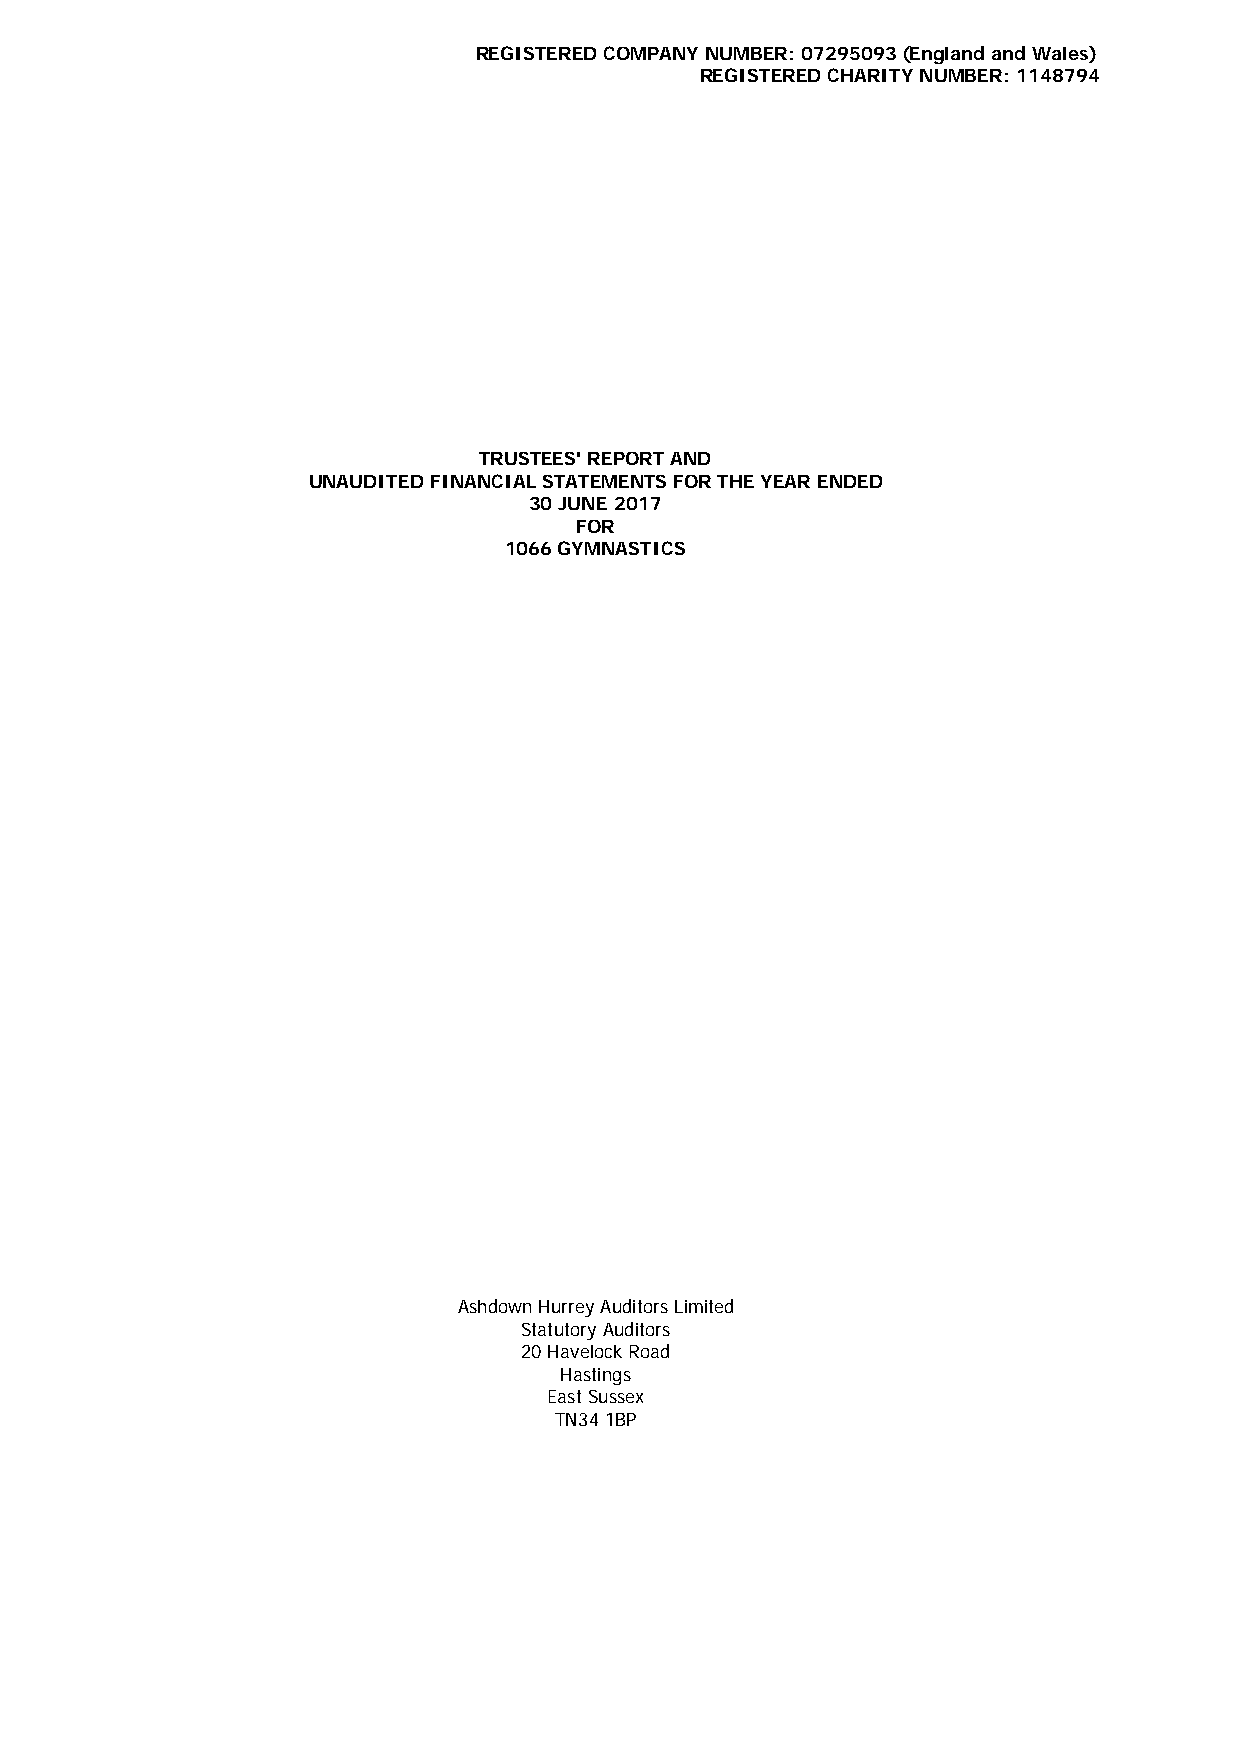
REGISTERED COMPANY NUMBER: 07295093 (England and Wales)
 REGISTERED CHARITY NUMBER: 1148794
 TRUSTEES' REPORT AND
 UNAUDITED FINANCIAL STATEMENTS FOR THE YEAR ENDED
 30 JUNE 2017
 FOR
 1066 GYMNASTICS
 Ashdown Hurrey Auditors Limited
 Statutory Auditors
 20 Havelock Road
 Hastings
 East Sussex
 TN34 1BP